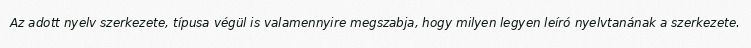
Az adott nyelv szerkezete, típusa végül is valamennyire megszabja, hogy milyen legyen leíró nyelvtanának a szerkezete.